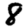
Digit: 8